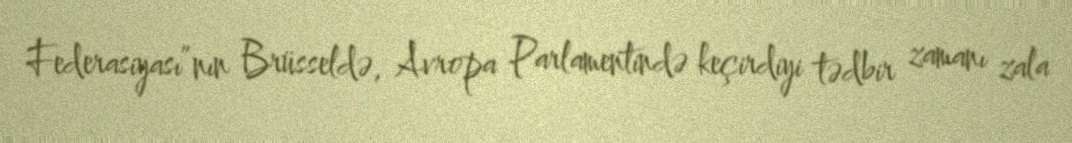
Federasiyası”nın Brüsseldə, Avropa Parlamentində keçirdiyi tədbir zamanı zala